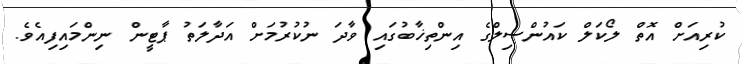
ކުރިއަށް އޮތް ލޯކަލް ކައުންސިލްގެ އިންތިޚާބުގައި ވާދަ ނުކުރުމަށް އަދާލަތު ޕާޓީން ނިންމައިފިއެވެ.